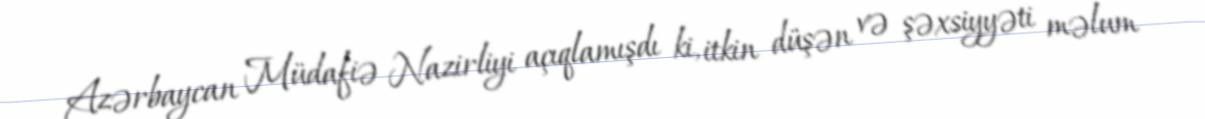
Azərbaycan Müdafiə Nazirliyi açıqlamışdı ki, itkin düşən və şəxsiyyəti məlum